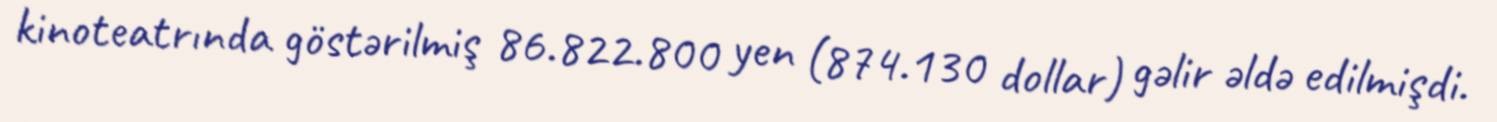
kinoteatrında göstərilmiş 86.822.800 yen (874.130 dollar) gəlir əldə edilmişdi.